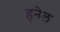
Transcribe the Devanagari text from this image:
हनेल